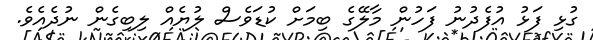
ގުޅި ފަޅު އުފެދުނު ފަހުން މާލޭގެ ބިމަށް ކުޑަވެސް ލުޔެއް ލިބިގެން ނުދެއެވެ.